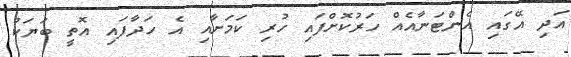
އަދި އޭގައި އެންޓަނާއެއް ހަރުކޮށްފައި ހުރި ކަމަށާއި އެ ހަދާފައި އޮތީ ބަޔަކު